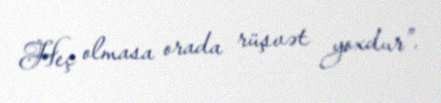
Heç olmasa orada rüşvət yoxdur”.